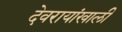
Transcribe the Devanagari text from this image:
देवरायांखाली